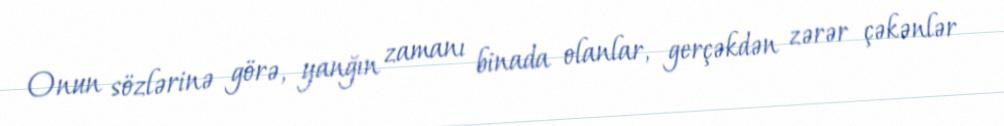
Onun sözlərinə görə, yanğın zamanı binada olanlar, gerçəkdən zərər çəkənlər